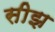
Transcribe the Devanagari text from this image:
सीझ